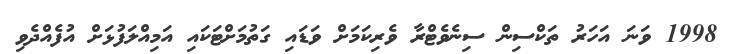
1998 ވަނަ އަހަރު ތަކްސިން ސިނެވެޓްރާ ވެރިކަމަށް ވަޑައި ގަތުމަށްޓަކައި އަމިއްލަފުޅަށް އުފެއްދެވި